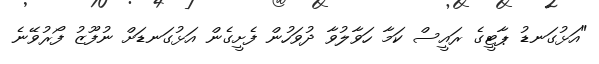
"އަޅުގަނޑު ޕާޓީގެ ރައީސް ކަމާ ހަވާލުވާ ދުވަހުން ފެށީގެން އަޅުގަނޑަށް ނުފޫޒު ފޯރުވޭނެ